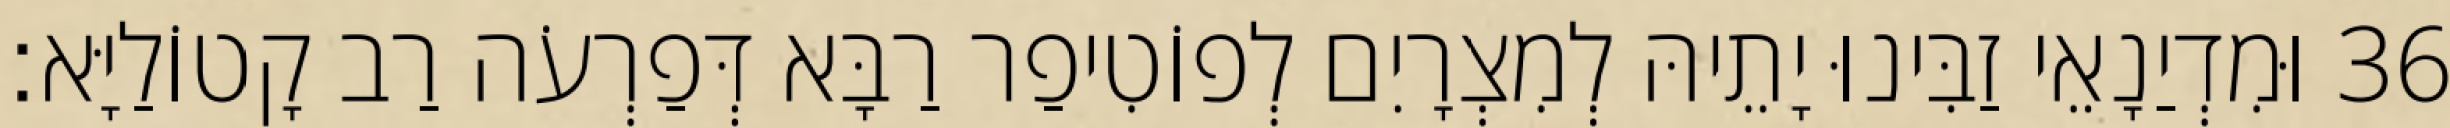
36 וּמִדְיַנָאֵי זַבִּינוּ יָתֵיהּ לְמִצְרָיִם לְפוֹטִיפַר רַבָּא דְּפַרְעֹה רַב קָטוֹלַיָּא׃